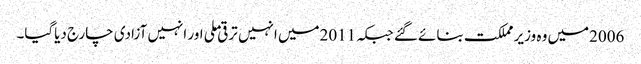
2006میں وہ وزیر مملکت بنائے گئے جبکہ 2011میں انہیں ترقی ملی اور انہیں آزادی چارج دیاگیا۔